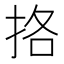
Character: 挌